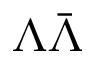
\Lambda \bar { \Lambda }